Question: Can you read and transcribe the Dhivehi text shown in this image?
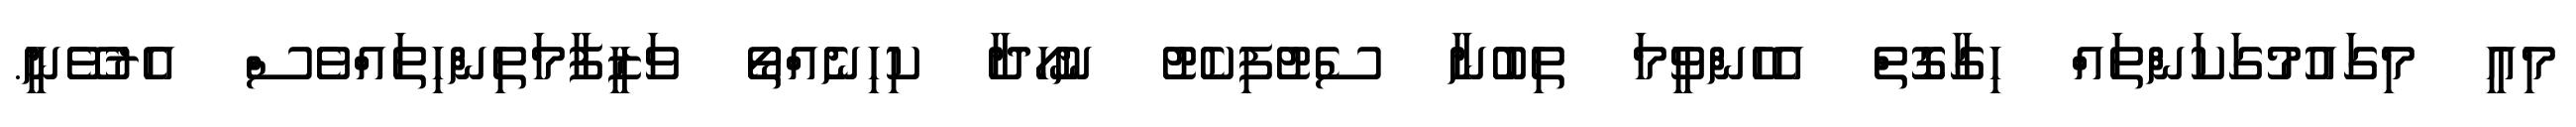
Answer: މިއީ މިގައުމުގަކަންތައް ހިގާގޮތް އެހެންވީމަ ތިބުނާ ސެޓުފިކެޓު ނުހޯދާ ކިހިނެއްތޯ ވަޒީފާމަތިންހިތައްވެސް އެރުވޭނީ.